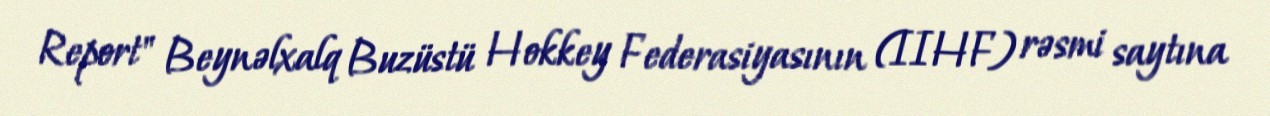
Report" Beynəlxalq Buzüstü Hokkey Federasiyasının (IIHF) rəsmi saytına